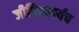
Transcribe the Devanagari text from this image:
जीवितकार्यच